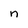
Character: n